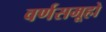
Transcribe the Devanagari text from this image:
वर्णसमूहो